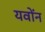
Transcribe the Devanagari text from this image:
यवोंन